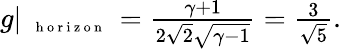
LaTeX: \begin{array}{r}{g|_{\mathrm{~{~\scriptsize~h~o~r~i~z~o~n~}~}}=\frac{\gamma+1}{2\sqrt{2}\sqrt{\gamma-1}}=\frac{3}{\sqrt{5}}.}\end{array}